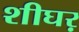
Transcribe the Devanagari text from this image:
शीघऱ